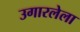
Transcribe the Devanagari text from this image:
उगारलेला